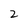
Character: 2